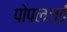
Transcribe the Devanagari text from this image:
पोपलज़ई